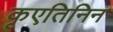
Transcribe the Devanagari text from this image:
कृएतिनिन